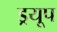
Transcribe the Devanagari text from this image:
ड्रयूप